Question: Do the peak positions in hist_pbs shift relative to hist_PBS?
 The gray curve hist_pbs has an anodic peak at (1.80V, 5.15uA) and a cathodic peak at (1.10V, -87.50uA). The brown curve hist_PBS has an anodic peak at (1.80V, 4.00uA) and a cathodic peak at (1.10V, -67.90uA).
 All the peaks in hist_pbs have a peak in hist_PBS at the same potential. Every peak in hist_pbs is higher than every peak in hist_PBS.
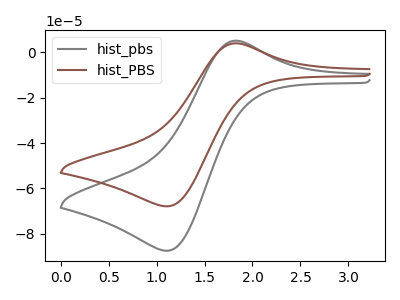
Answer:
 <answer>No, "hist_pbs" and "hist_PBS" don't appear to be significantly different in shape</answer>
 <eval>no_change</eval>